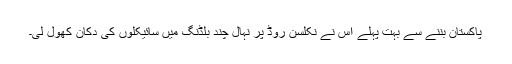
پاکستان بننے سے بہت پہلے اس نے نکلسن روڈ پر نہال چند بلڈنگ میں سائیکلوں کی دکان کھول لی۔